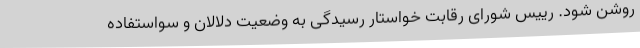
روشن شود. رییس شورای رقابت خواستار رسیدگی به وضعیت دلالان و سو‌استفاده